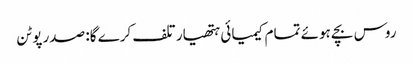
روس بچے ہوئے تمام کیمیائی ہتھیار تلف کرے گا: صدر پوٹن